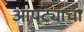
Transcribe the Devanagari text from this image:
आपट्याचा